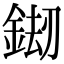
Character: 𨧶